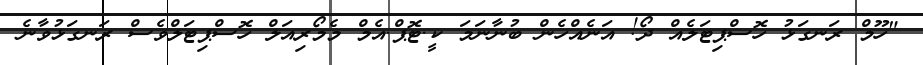
"ހޫމް ރަނގަޅު ހޮސްޕިޓަލެއް ދޯ! އަނެއްހެން ބުނާނަމަ ކީ.ޓޮޕް.އެމް މެމޯރިއަލް ހޮސްޕިޓަލްވެސް ރަނގަޅުވާނެ